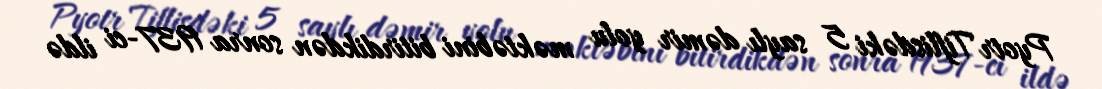
Pyotr Tiflisdəki 5 saylı dəmir yolu məktəbini bitirdikdən sonra 1937-ci ildə